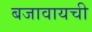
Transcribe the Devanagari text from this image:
बजावायची